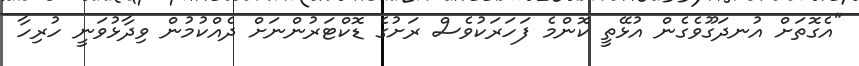
"އެގޮތަށް އުނދަގޫވެގެން އުޅޭތީ ކޮންމެ ފަހަރަކުވެސް ރަށުގެ ޑޮކްޓަރުންނަށް ދެއްކުމުން ވިދާޅުވަނީ ހުރިހާ